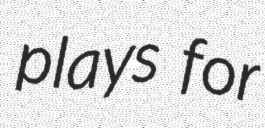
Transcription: plays for